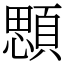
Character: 顋